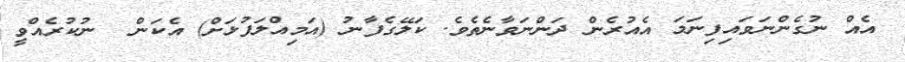
އެއް ނުގެންނަވައިފިނަމަ އެއުރެން ދަންނަވާނެތެވެ. ކަލޭގެފާނު (އަމިއްލަފުޅަށް) އެކަން  ނުކުރެއްވީ